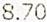
8.70